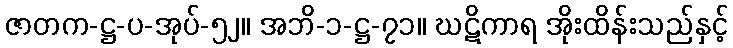
ဇာတက-ဋ္ဌ-ပ-အုပ်-၅၂။ အဘိ-၁-ဋ္ဌ-၇၁။ ဃဋိကာရ အိုးထိန်းသည်နှင့်